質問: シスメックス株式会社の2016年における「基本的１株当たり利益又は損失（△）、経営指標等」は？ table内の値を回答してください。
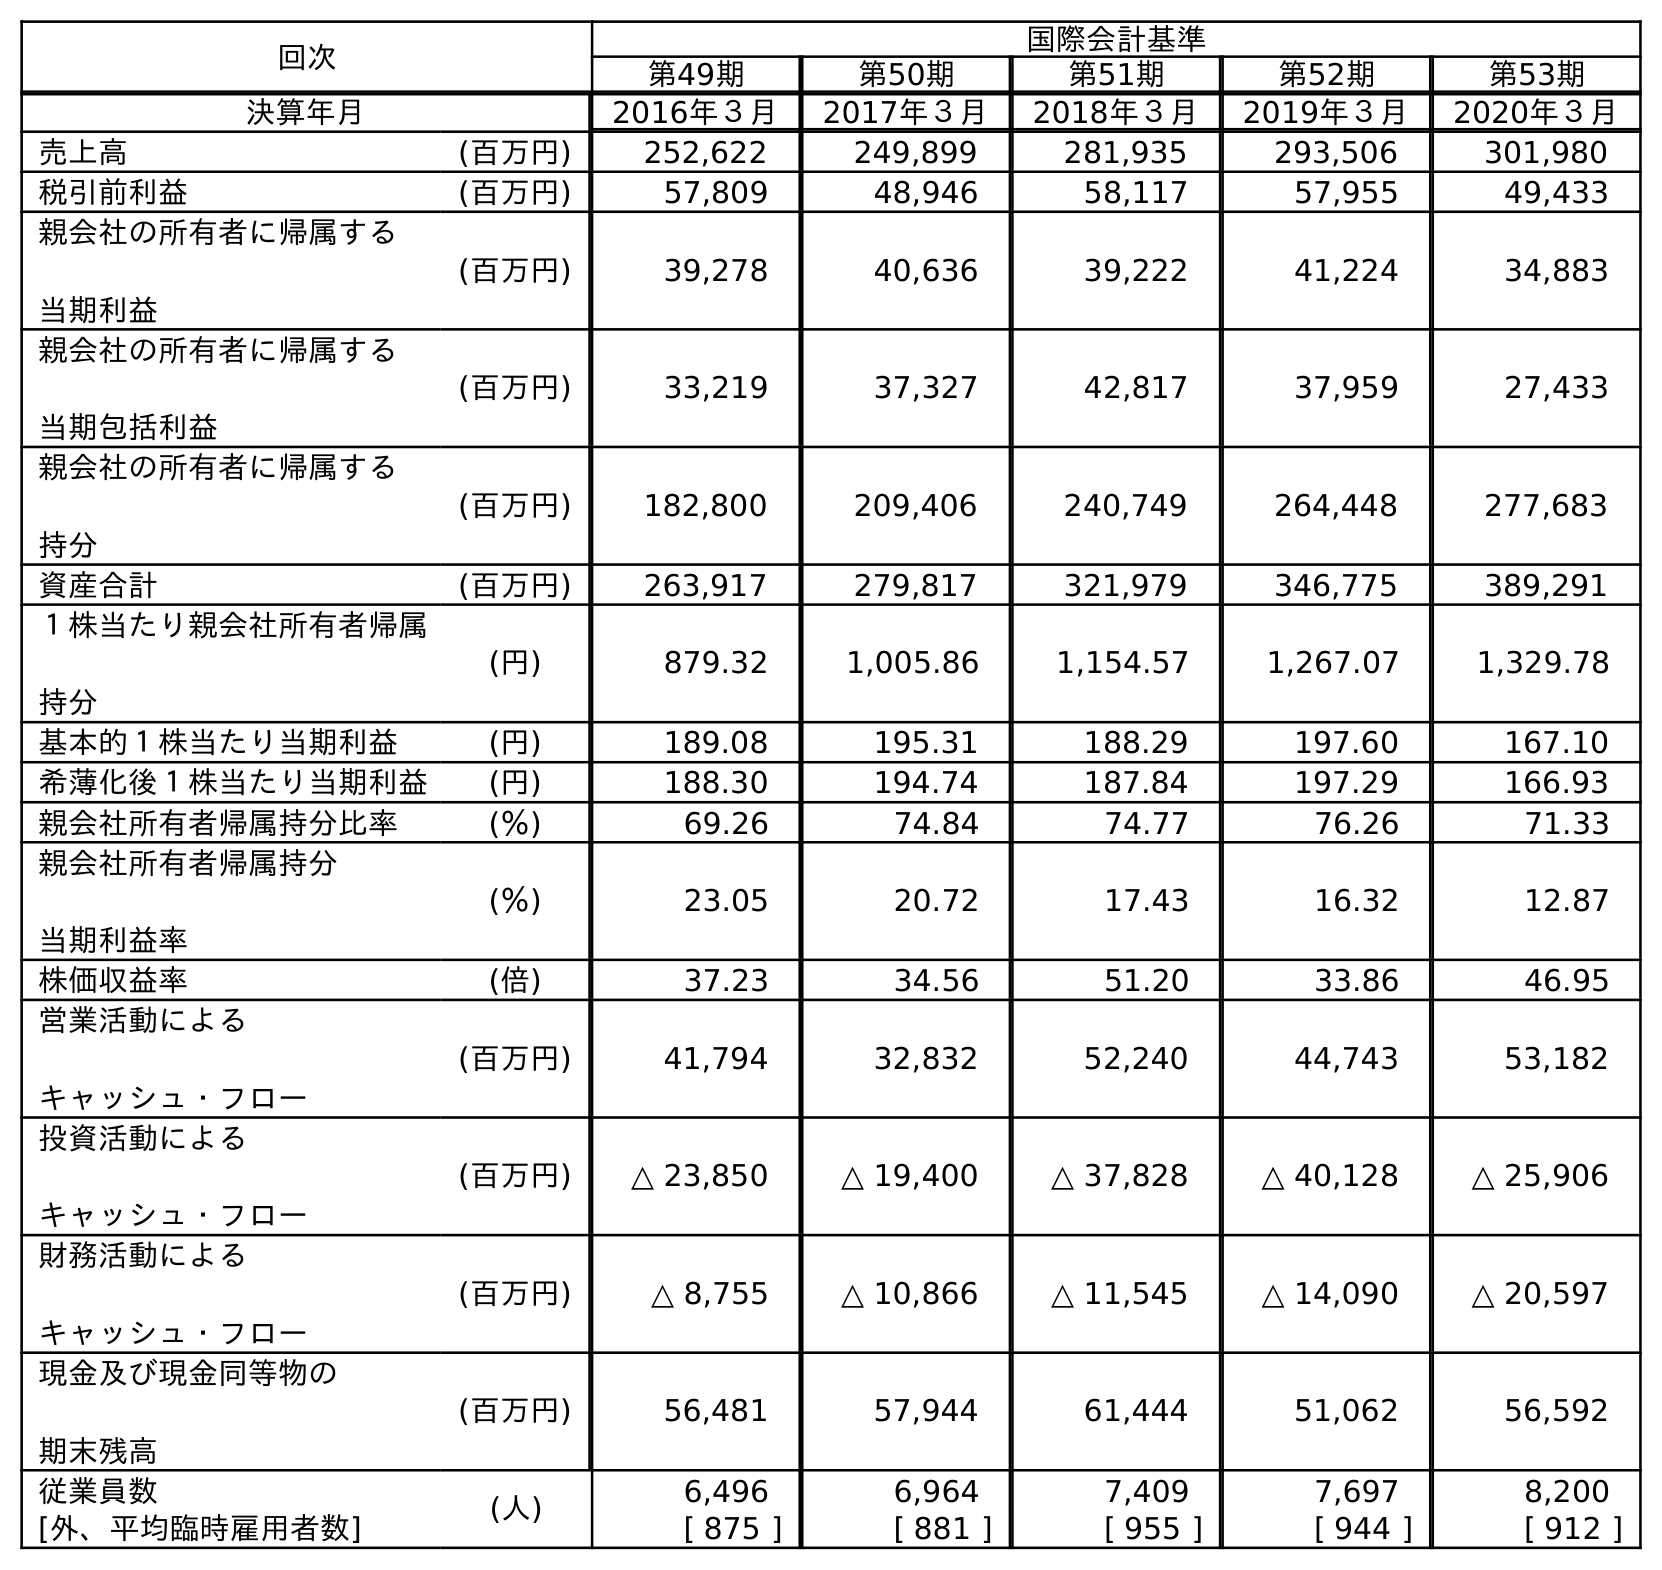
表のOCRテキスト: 回次 国際会計基準 第49期 第50期 第51期 第52期 第53期 決算年月 2016年３月 2017年３月 2018年３月 2019年３月 2020年３月 売上高 (百万円) 252,622 249,899 281,935 293,506 301,980 税引前利益 (百万円) 57,809 48,946 58,117 57,955 49,433 親会社の所有者に帰属する 当期利益 (百万円) 39,278 40,636 39,222 41,224 34,883 親会社の所有者に帰属する 当期包括利益 (百万円) 33,219 37,327 42,817 37,959 27,433 親会社の所有者に帰属する 持分 (百万円) 182,800 209,406 240,749 264,448 277,683 資産合計 (百万円) 263,917 279,817 321,979 346,775 389,291 １株当たり親会社所有者帰属 持分 (円) 879.32 1,005.86 1,154.57 1,267.07 1,329.78 基本的１株当たり当期利益 (円) 189.08 195.31 188.29 197.60 167.10 希薄化後１株当たり当期利益 (円) 188.30 194.74 187.84 197.29 166.93 親会社所有者帰属持分比率 (％) 69.26 74.84 74.77 76.26 71.33 親会社所有者帰属持分 当期利益率 (％) 23.05 20.72 17.43 16.32 12.87 株価収益率 (倍) 37.23 34.56 51.20 33.86 46.95 営業活動による キャッシュ・フロー (百万円) 41,794 32,832 52,240 44,743 53,182 投資活動による キャッシュ・フロー (百万円) △ 23,850 △ 19,400 △ 37,828 △ 40,128 △ 25,906 財務活動による キャッシュ・フロー (百万円) △ 8,755 △ 10,866 △ 11,545 △ 14,090 △ 20,597 現金及び現金同等物の 期末残高 (百万円) 56,481 57,944 61,444 51,062 56,592 従業員数 (人) 6,496 6,964 7,409 7,697 8,200 [外、平均臨時雇用者数] [ 875 ] [ 881 ] [ 955 ] [ 944 ] [ 912 ]
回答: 189.08